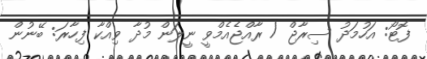
ފޮޓޯ: އަހުމަދު ސިރާޖް / ރާއްޖެއެމްވީ ނީލަން މުދާ ވިއްކާ ފިހާރަ: ބޭނުން